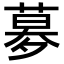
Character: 𡖶